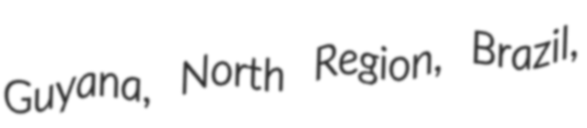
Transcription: Guyana, North Region, Brazil,